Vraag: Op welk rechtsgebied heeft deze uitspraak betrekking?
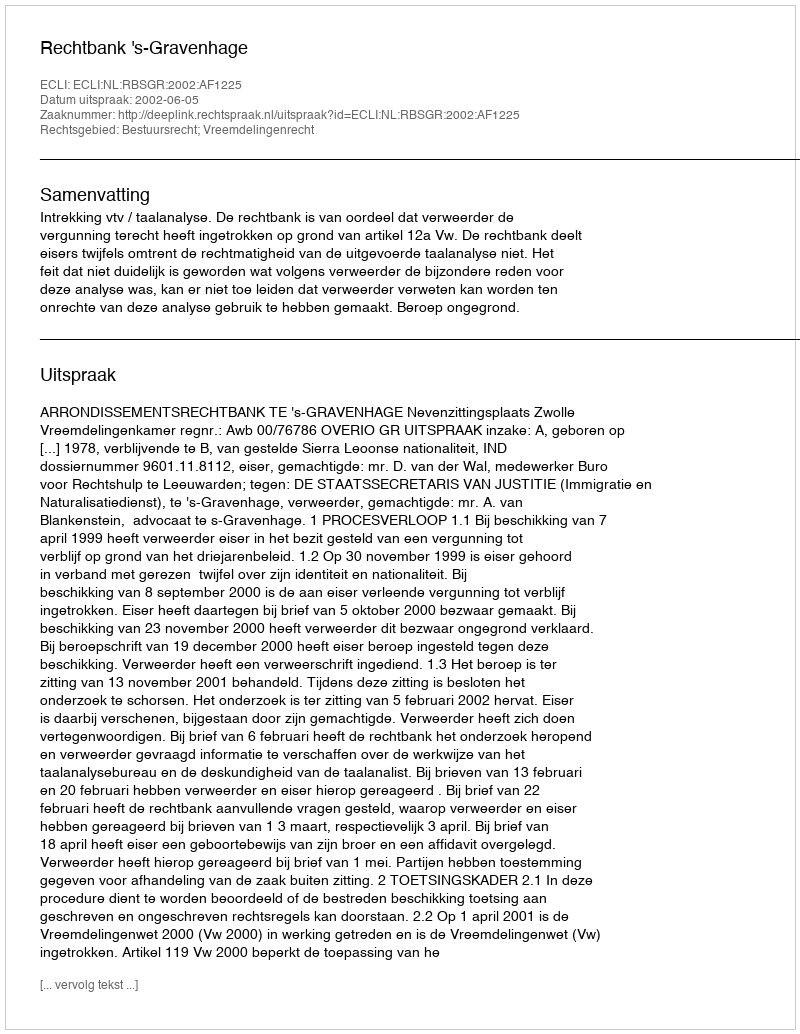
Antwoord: Bestuursrecht; Vreemdelingenrecht